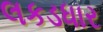
લકડધાર